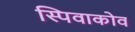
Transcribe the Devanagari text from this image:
स्पिवाकोव